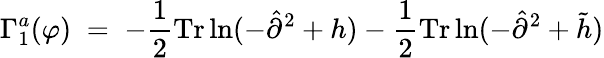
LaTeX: \Gamma_{1}^{a}(\varphi)\; =\; -\frac{1}{2}\mathrm{Tr}\ln(-{\hat{\partial}}^{2}+h)-\frac{1}{2}\mathrm{Tr}\ln(-{\hat{\partial}}^{2}+{\tilde{h}})